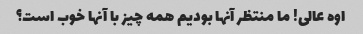
اوه عالی! ما منتظر آنها بودیم همه چیز با آنها خوب است؟